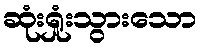
ဆုံးရှုံးသွားသော